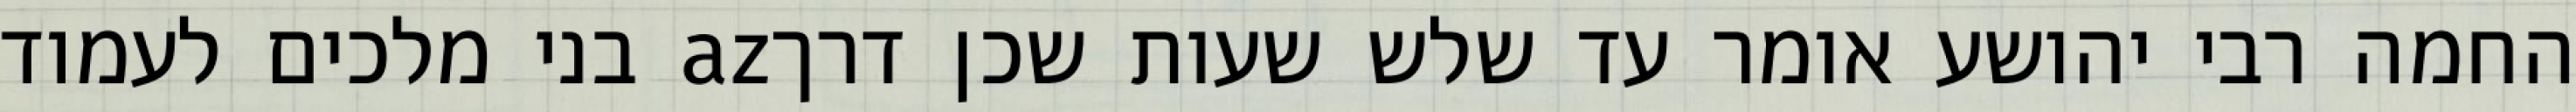
החמה רבי יהושע אומר עד שלש שעות שכן דרךaz בני מלכים לעמוד